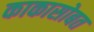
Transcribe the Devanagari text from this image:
काकासोबत